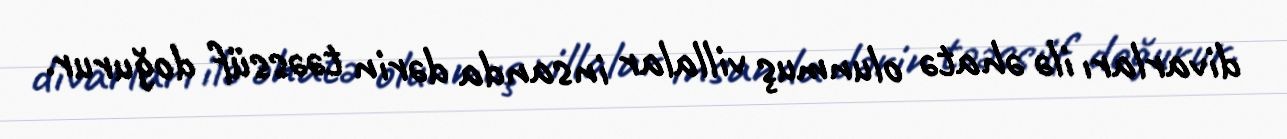
divarları ilə əhatə olunmuş villalar insanda dərin təəssüf doğurur.